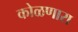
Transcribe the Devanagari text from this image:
कोळणारा